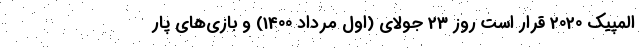
المپیک 2020 قرار است روز 23 جولای (اول مرداد 1400) و بازی‌های پار